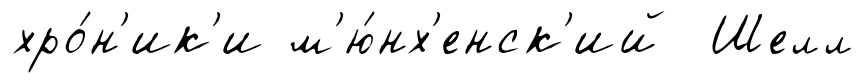
хро́н'ик'и м'ю́нх'енск'ий Шелл